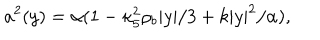
LaTeX: a ^ { 2 } ( y ) = \alpha ( 1 - \kappa _ { 5 } ^ { 2 } \rho _ { b } | y | / 3 + k | y | ^ { 2 } / \alpha ) ,